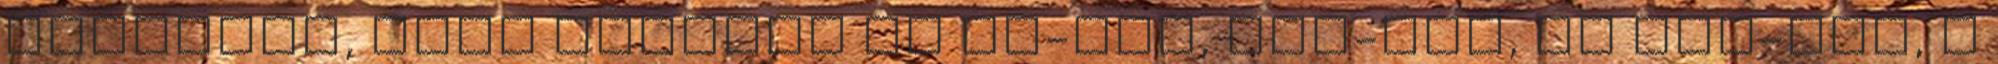
benyalja, hogy mindezt az EU-nak, IMF-nek, az USA-nak, a